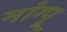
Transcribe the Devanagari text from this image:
मांग्पू